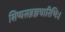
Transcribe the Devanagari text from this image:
शिष्यसव्रह्मचारिभिः।